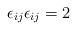
LaTeX: \begin{align*}\epsilon_{ij}\epsilon_{ij}=2\end{align*}